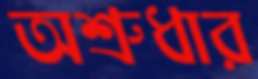
অশ্রুধার